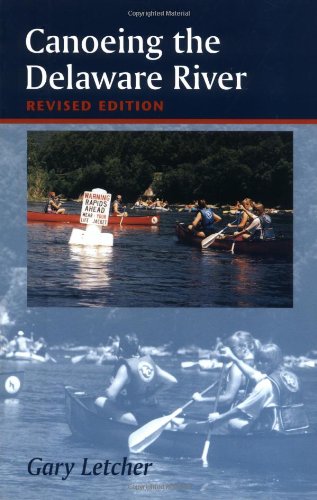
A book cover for Canoeing the Delaware River; Gary Letcher; Travel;